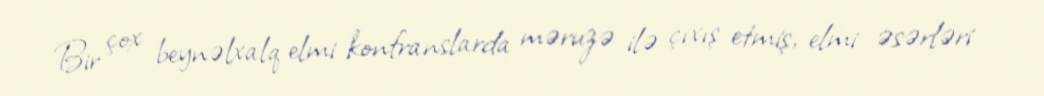
Bir çox beynəlxalq elmi konfranslarda məruzə ilə çıxış etmiş, elmi əsərləri